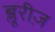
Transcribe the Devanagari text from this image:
ब्लूरीज़